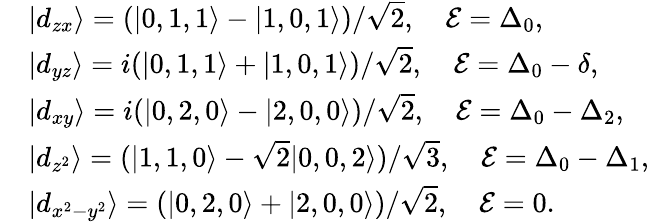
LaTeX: \begin{array}{rl}&{|d_{zx}\rangle=(|0,1,1\rangle-|1,0,1\rangle)/\sqrt{2},\quad\mathcal{E}=\Delta_{0},}\\ &{|d_{yz}\rangle=i(|0,1,1\rangle+|1,0,1\rangle)/\sqrt{2},\quad\mathcal{E}=\Delta_{0}-\delta,}\\ &{|d_{xy}\rangle=i(|0,2,0\rangle-|2,0,0\rangle)/\sqrt{2},\quad\mathcal{E}=\Delta_{0}-\Delta_{2},}\\ &{|d_{z^{2}}\rangle=(|1,1,0\rangle-\sqrt{2}|0,0,2\rangle)/\sqrt{3},\quad\mathcal{E}=\Delta_{0}-\Delta_{1},}\\ &{|d_{x^{2}-y^{2}}\rangle=(|0,2,0\rangle+|2,0,0\rangle)/\sqrt{2},\quad\mathcal{E}=0.}\end{array}